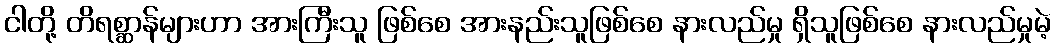
ငါတို့ တိရစ္ဆာန်များဟာ အားကြီးသူ ဖြစ်စေ အားနည်းသူဖြစ်စေ နားလည်မှု ရှိသူဖြစ်စေ နားလည်မှုမဲ့